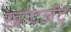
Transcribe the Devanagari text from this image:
ख़ोदजेंद